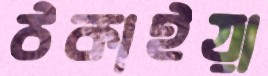
ঠকাইয়া